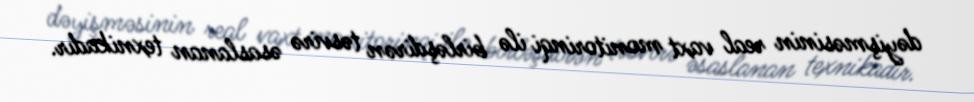
dəyişməsinin real vaxt monitorinqi ilə birləşdirən təsvirə əsaslanan texnikadır.